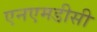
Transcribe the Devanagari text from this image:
एनएमडीसी